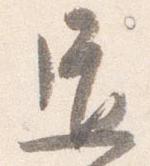
道